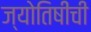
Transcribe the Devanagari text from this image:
ज्योतिषींची